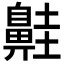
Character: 𪖢